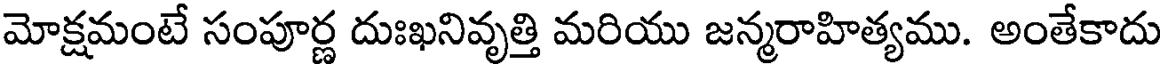
మోక్షమంటే సంపూర్ణ దుఃఖనివృత్తి మరియు జన్మరాహిత్యము. అంతేకాదు